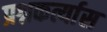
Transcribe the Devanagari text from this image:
प्रश्नकर्त्यास